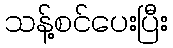
သန့်စင်ပေးပြီး